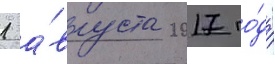
1 а́вгуста 2017 го́да